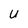
Character: U